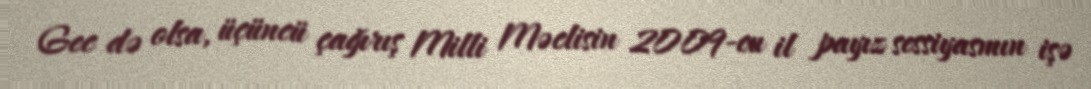
Gec də olsa, üçüncü çağırış Milli Məclisin 2009-cu il payız sessiyasmın işə